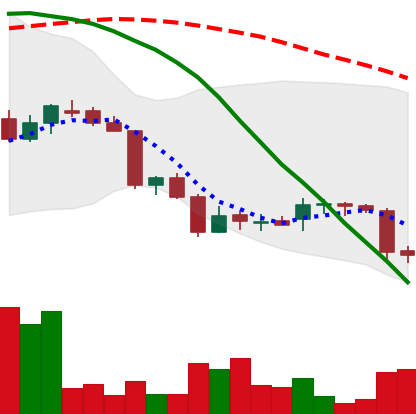
Ticker: DOGE-USD
Chart end date: 2018-06-23
Forward return: -10.753%
Label: down_7plus